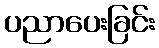
ပညာပေးခြင်း